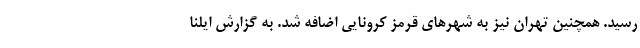
رسید. همچنین تهران نیز به شهرهای قرمز کرونایی اضافه شد. به گزارش ایلنا